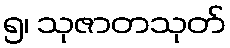
၅၊ သုဇာတသုတ်